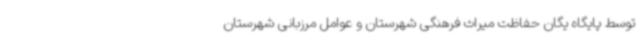
توسط پایگاه‌ یگان حفاظت میراث فرهنگی شهرستان و عوامل مرزبانی شهرستان